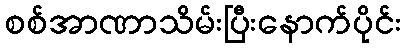
စစ်အာဏာသိမ်းပြီးနောက်ပိုင်း